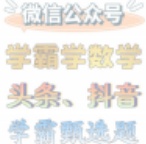
微信公众号
学霸学数学
头条、抖音
学霸题选题